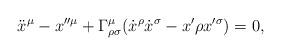
LaTeX: \begin{align*}\ddot{x}^\mu-x''^\mu+\Gamma^\mu_{\rho\sigma}(\dot{x}^\rho\dot{x}^\sigma-x'\rho x'^\sigma)=0,\end{align*}